Annual report of the Punjab Veterinary College and of the Civil Veterinary Department, Punjab - 1926-1932
Year: 1926
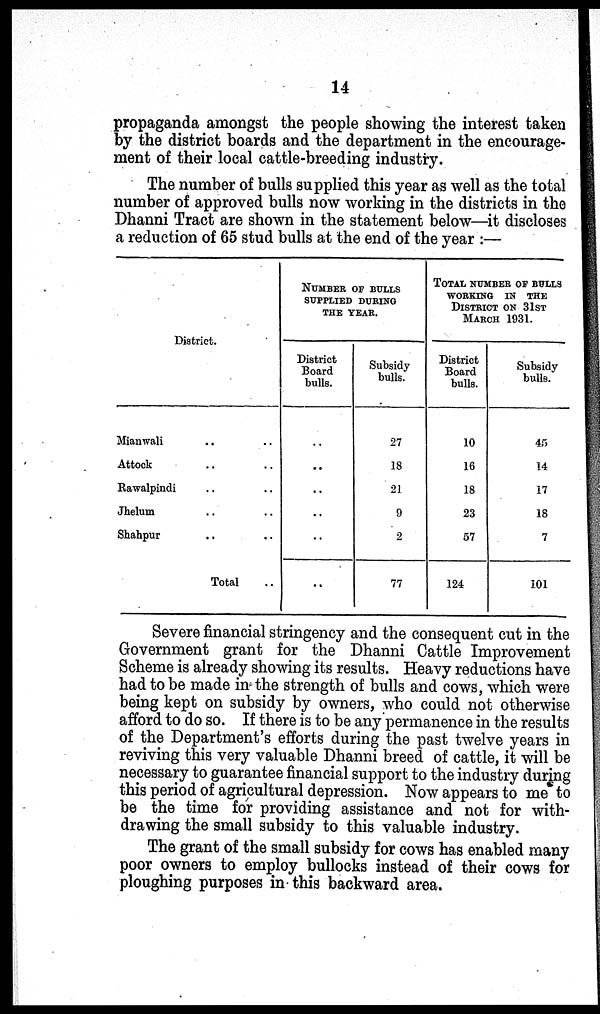
14
propaganda amongst the people showing the interest taken
by the district boards and the department in the encourage-
ment of their local cattle-breeding industry.
The number of bulls supplied this year as well as the total
number of approved bulls now working in the districts in the
Dhanni Tract are shown in the statement below—it discloses
a reduction of 65 stud bulls at the end of the year :—
District.
Mianwali .. ..
Attock .. ..
Rawalpindi .. ..
Jhelum .. ..
Shahpur .. ..
Total ..
NUMBER OF BULLS
SUPPLIED DURING
THE YEAR.
District
Board
bulls.
..
..
..
..
..
..
Subsidy
bulls.
27
18
21
9
2
77
TOTAL NUMBER OF BULLS
WORKING IN THE
DISTRICT ON 31st
MARCH 1931.
District
Board
bulls.
10
16
18
23
57
124
Subsidy
bulls.
45
14
17
18
7
101
Severe financial stringency and the consequent cut in the
Government grant for the Dhanni Cattle Improvement
Scheme is already showing its results. Heavy reductions have
had to be made in the strength of bulls and cows, which were
being kept on subsidy by owners, who could not otherwise
afford to do so. If there is to be any permanence in the results
of the Department's efforts during the past twelve years in
reviving this very valuable Dhanni breed of cattle, it will be
necessary to guarantee financial support to the industry during
this period of agricultural depression. Now appears to me to
be the time for providing assistance and not for with-
drawing the small subsidy to this valuable industry.
The grant of the small subsidy for cows has enabled many
poor owners to employ bullocks instead of their cows for
ploughing purposes in this backward area.